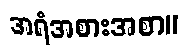
အရံအစားအစာ။